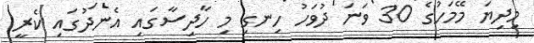
މިދިޔަ މޭމަހުގެ 30 ވަނަ ދުވަހު ހިނގި މި ހާދިސާގައި އެނދުގައި ކެރީ